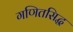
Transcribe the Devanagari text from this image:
गणितसिद्ध